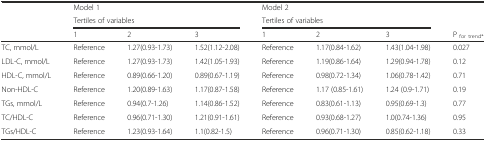
<table><thead><tr><td rowspan="3"></td><td><b>Model 1</b></td><td></td><td></td><td><b>Model 2</b></td><td></td><td></td><td></td></tr><tr><td colspan="3"><b>Tertiles of variables</b></td><td colspan="3"><b>Tertiles of variables</b></td><td></td></tr><tr><td><b>1</b></td><td><b>2</b></td><td><b>3</b></td><td><b>1</b></td><td><b>2</b></td><td><b>3</b></td><td><b>P <sub>for trend*</sub></b></td></tr></thead><tbody><tr><td>TC, mmol/L</td><td>Reference</td><td>1.27(0.93-1.73)</td><td>1.52(1.12-2.08)</td><td>Reference</td><td>1.17(0.84-1.62)</td><td>1.43(1.04-1.98)</td><td>0.027</td></tr><tr><td>LDL-C, mmol/L</td><td>Reference</td><td>1.27(0.93-1.73)</td><td>1.42(1.05-1.93)</td><td>Reference</td><td>1.19(0.86-1.64)</td><td>1.29(0.94-1.78)</td><td>0.12</td></tr><tr><td>HDL-C, mmol/L</td><td>Reference</td><td>0.89(0.66-1.20)</td><td>0.89(0.67-1.19)</td><td>Reference</td><td>0.98(0.72-1.34)</td><td>1.06(0.78-1.42)</td><td>0.71</td></tr><tr><td>Non-HDL-C</td><td>Reference</td><td>1.20(0.89-1.63)</td><td>1.17(0.87-1.58)</td><td>Reference</td><td>1.17 (0.85-1.61)</td><td>1.24 (0.9-1.71)</td><td>0.19</td></tr><tr><td>TGs, mmol/L</td><td>Reference</td><td>0.94(0.7-1.26)</td><td>1.14(0.86-1.52)</td><td>Reference</td><td>0.83(0.61-1.13)</td><td>0.95(0.69-1.3)</td><td>0.77</td></tr><tr><td>TC/HDL-C</td><td>Reference</td><td>0.96(0.71-1.30)</td><td>1.21(0.91-1.61)</td><td>Reference</td><td>0.93(0.68-1.27)</td><td>1.0(0.74-1.36)</td><td>0.95</td></tr><tr><td>TGs/HDL-C</td><td>Reference</td><td>1.23(0.93-1.64)</td><td>1.1(0.82-1.5)</td><td>Reference</td><td>0.96(0.71-1.30)</td><td>0.85(0.62-1.18)</td><td>0.33</td></tr></tbody></table>